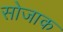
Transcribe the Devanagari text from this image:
सोजाक